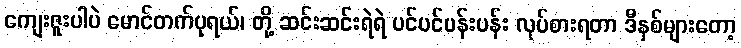
ကျေးဇူးပါပဲ မောင်တက်ပုရယ်၊ တို့ ဆင်းဆင်းရဲရဲ ပင်ပင်ပန်းပန်း လုပ်စားရတာ ဒီနှစ်များတော့